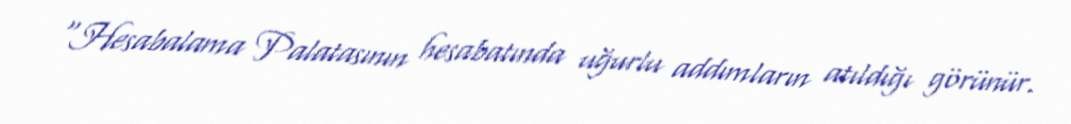
“Hesabalama Palatasının hesabatında uğurlu addımların atıldığı görünür.